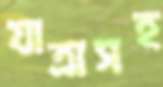
যাত্রাসহ